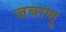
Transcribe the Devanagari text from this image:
जवाणु